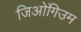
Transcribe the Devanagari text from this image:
जिओंगिउम